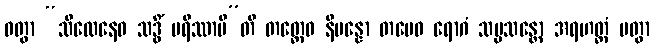
ဝတွာ “သီလေနေဝ သဒ္ဓိံ မရိဿာမီ”တိ တတ္ထေဝ နိပန္နော တမေဝ ရောဂံ သမ္မသန္တော အရဟတ္တံ ပတွာ